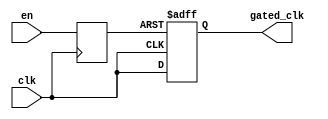
module ClockGatingBuffer (
    input wire clk,        // Main clock signal
    input wire en,        // Enable signal for clock gating
    output reg gated_clk   // Gated clock output
);

// Internal signal to synchronize the enable signal with the clock
reg en_sync;

// Synchronize the enable signal with the clock
always @(posedge clk) begin
    en_sync <= en;
end

// Generate the gated clock based on the enable signal
always @(posedge clk or negedge en_sync) begin
    if (!en_sync) begin
        gated_clk <= 1'b0; // Hold gated clock low when enable is low
    end else begin
        gated_clk <= clk;   // Pass through the clock when enable is high
    end
end

endmodule